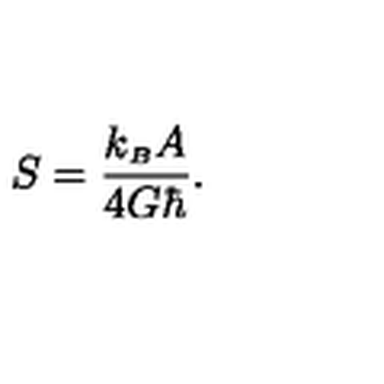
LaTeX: S = { \frac { k _ { \scriptscriptstyle B } A } { 4 G \hbar } } .